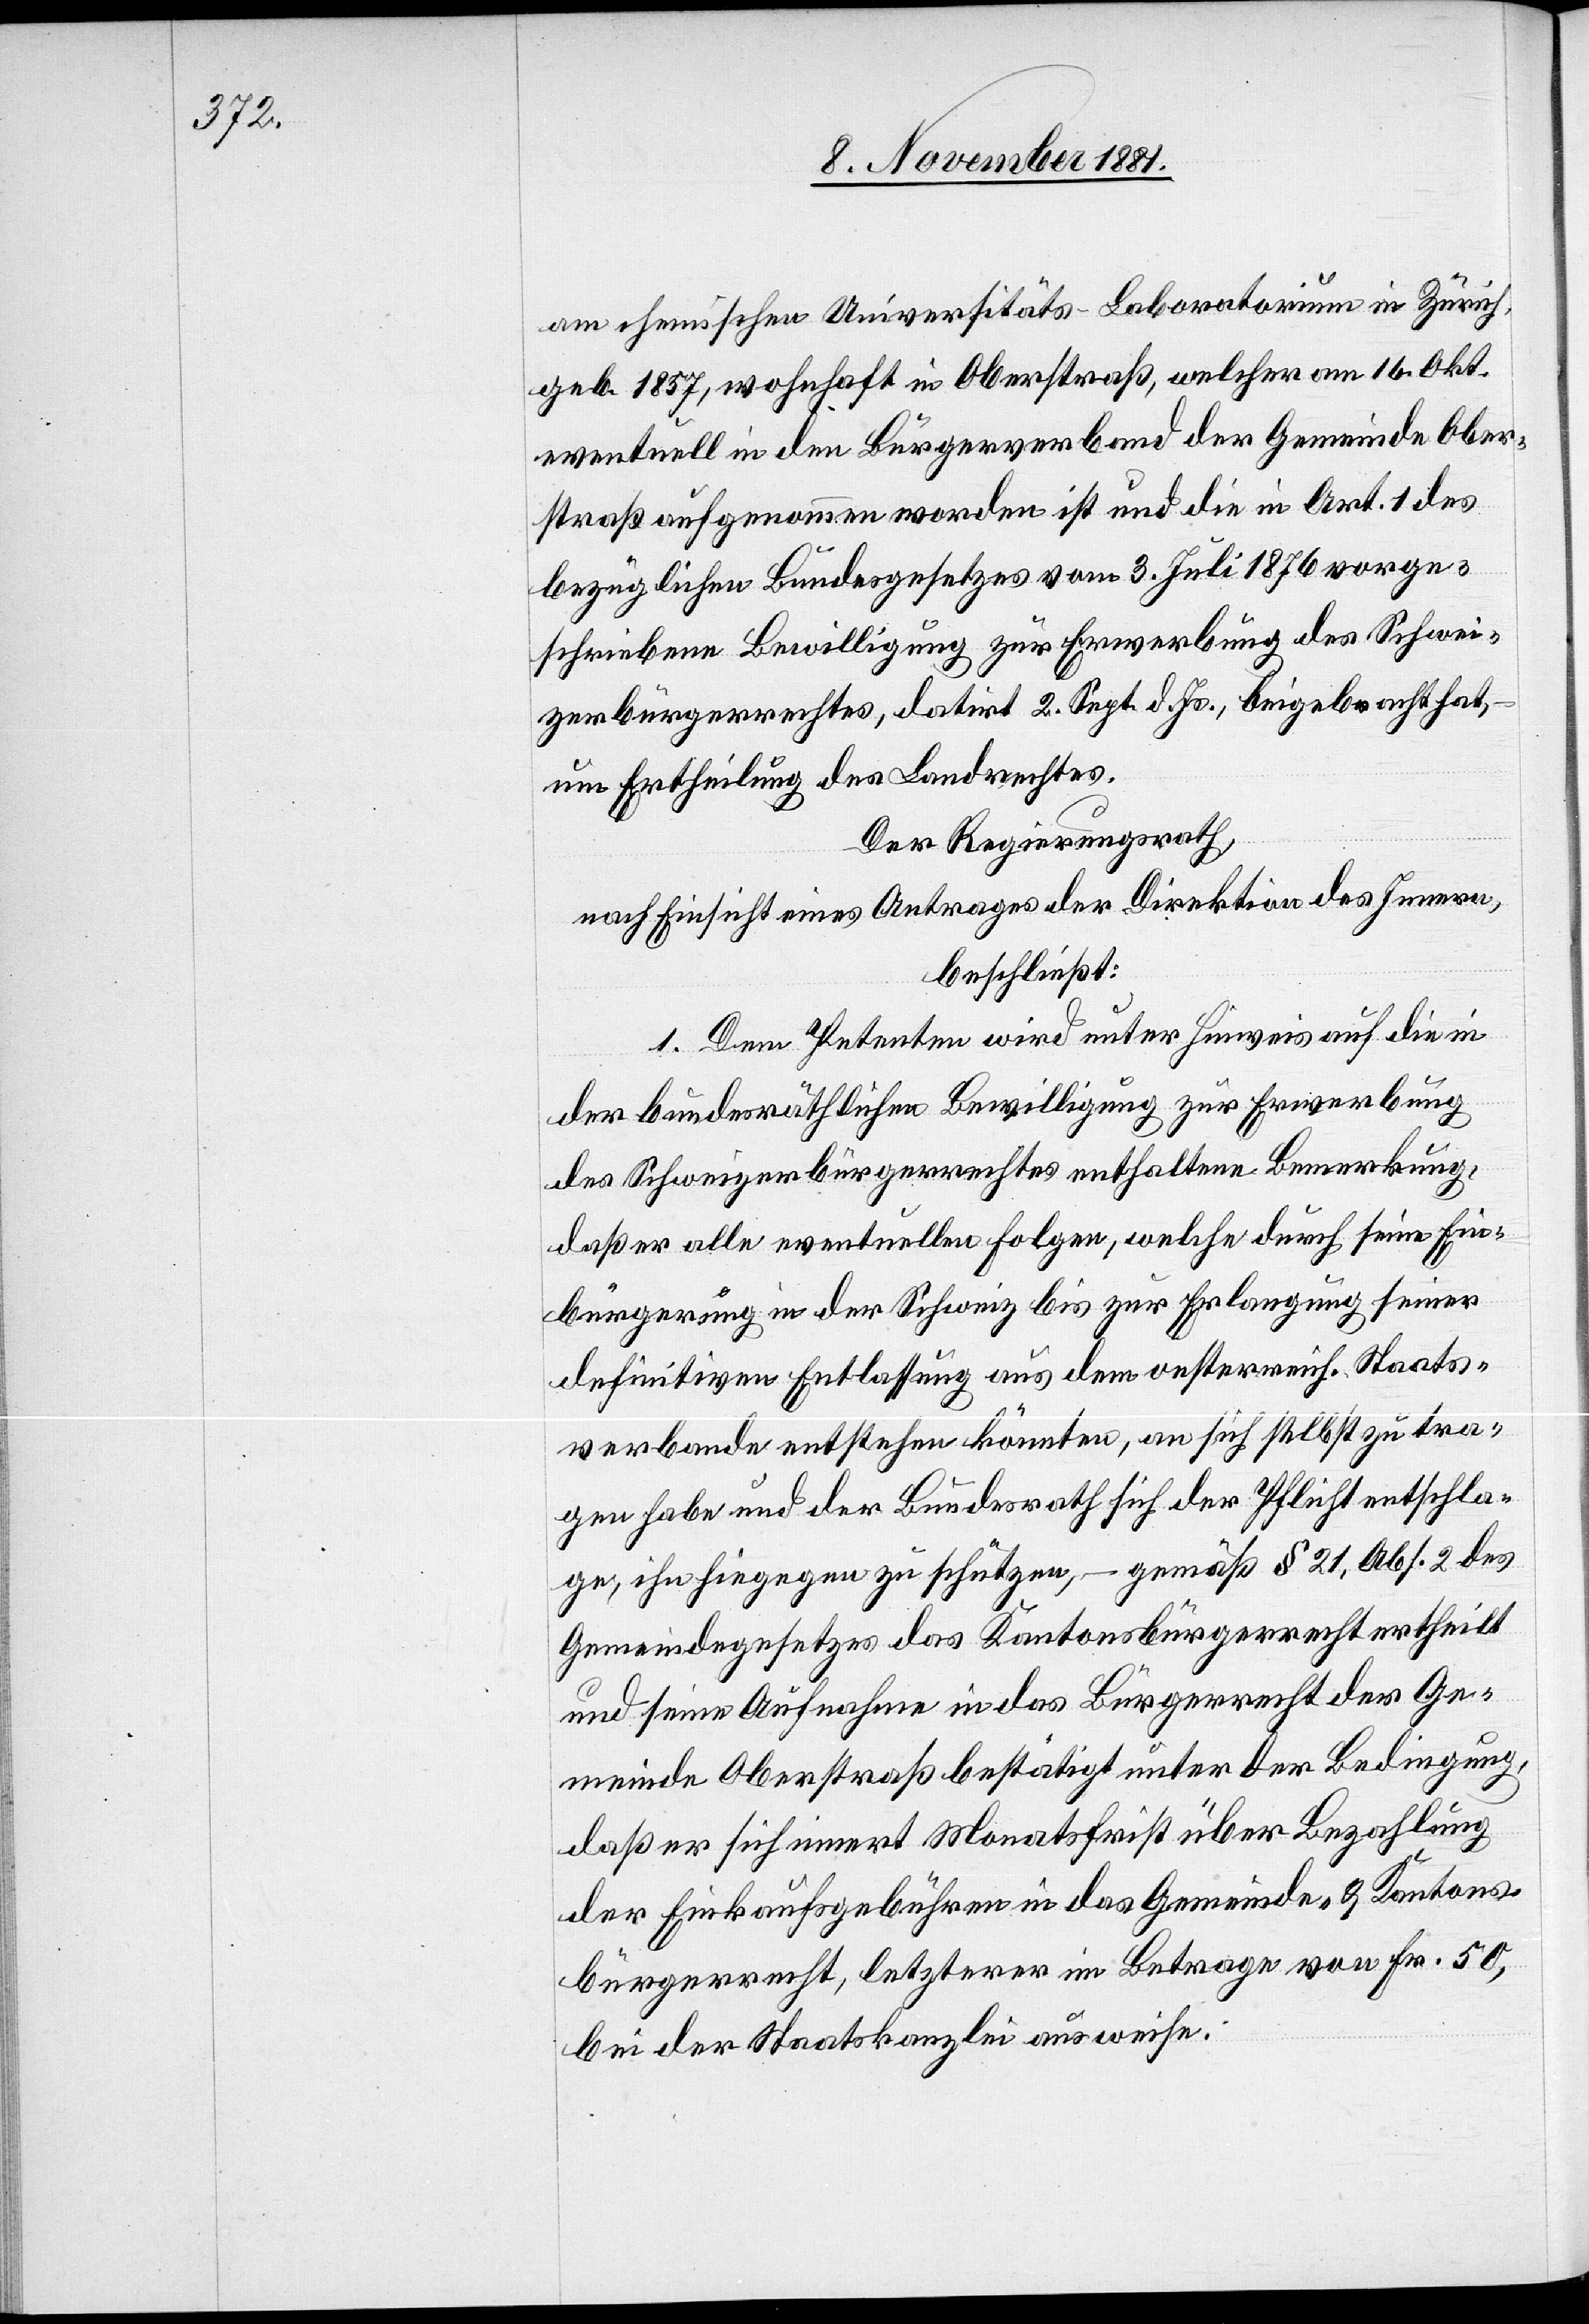
am chemischen Universitäts-Laboratorium in Zürich,
geb. 1857, wohnhaft in Oberstraß, welcher am 16. Okt.
eventuell in den Bürgerverband der Gemeinde Ober¬
straß aufgenommen worden ist und die in Art. 1 des
bezüglichen Bundesgesetzes vom 3. Juli 1876 vorge¬
schriebene Bewilligung zur Erwerbung des Schwei¬
zerbürgerrechtes, datirt 2. Sept. d. Js., beigebracht hat,
um Ertheilung des Landrechtes.
Der Regierungsrath,
nach Einsicht eines Antrages der Direktion des Innern,
beschließt:
1. Dem Petenten wird unter Hinweis auf die in
der bundesräthlichen Bewilligung zur Erwerbung
des Schweizerbürgerrechtes enthaltene Bemerkung,
daß er alle eventuellen Folgen, welche durch seine Ein¬
bürgerung in der Schweiz bis zur Erlangung seiner
definitiven Entlassung aus dem oesterreich. Staats¬
verbande entstehen könnten, an sich selbst zu tra¬
gen habe und der Bundesrath sich der Pflicht entschla¬
ge, ihn hiegegen zu schützen, – gemäß § 21, Abs. 2 des
Gemeindegesetzes das Kantonsbürgerrecht ertheilt
und seine Aufnahme in das Bürgerrecht der Ge¬
meinde Oberstraß bestätigt unter der Bedingung,
daß er sich innert Monatsfrist über Bezahlung
der Einkaufsgebühren in das Gemeinde- & Kantons¬
bürgerrecht, letzterer im Betrage von Fr. 50,
bei der Staatskanzlei ausweise.